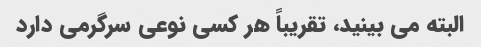
البته می بینید، تقریباً هر کسی نوعی سرگرمی دارد